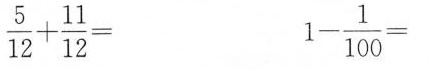
$$\frac{5}{12}+ \frac{11}{12}=$$ $$1- \frac{1}{100}=$$